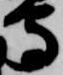
守